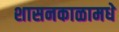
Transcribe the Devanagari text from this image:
शासनकाळामधे